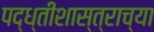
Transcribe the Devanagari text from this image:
पद्ध्तीशास्त्राच्या